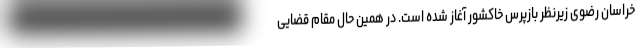
خراسان رضوی زیرنظر بازپرس خاکشور آغاز شده است. در همین حال مقام قضایی